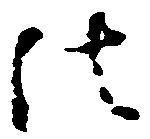
法